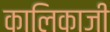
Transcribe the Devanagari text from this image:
कालिकाजी